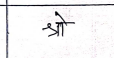
मजकूर: श्रो